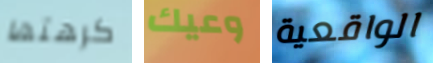
كرهتها وعيك الواقعية